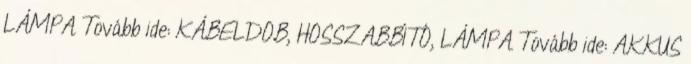
LÁMPA Tovább ide: KÁBELDOB, HOSSZABBÍTÓ, LÁMPA Tovább ide: AKKUS